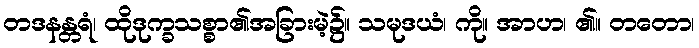
တဒနန္တရံ၊ ထိုဒုက္ခသစ္စာ၏အခြားမဲ့၌။ သမုဒယံ၊ ကို။ အာဟ၊ ၏။ တတော၊